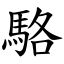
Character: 駱